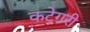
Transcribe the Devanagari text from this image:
कटेगरी